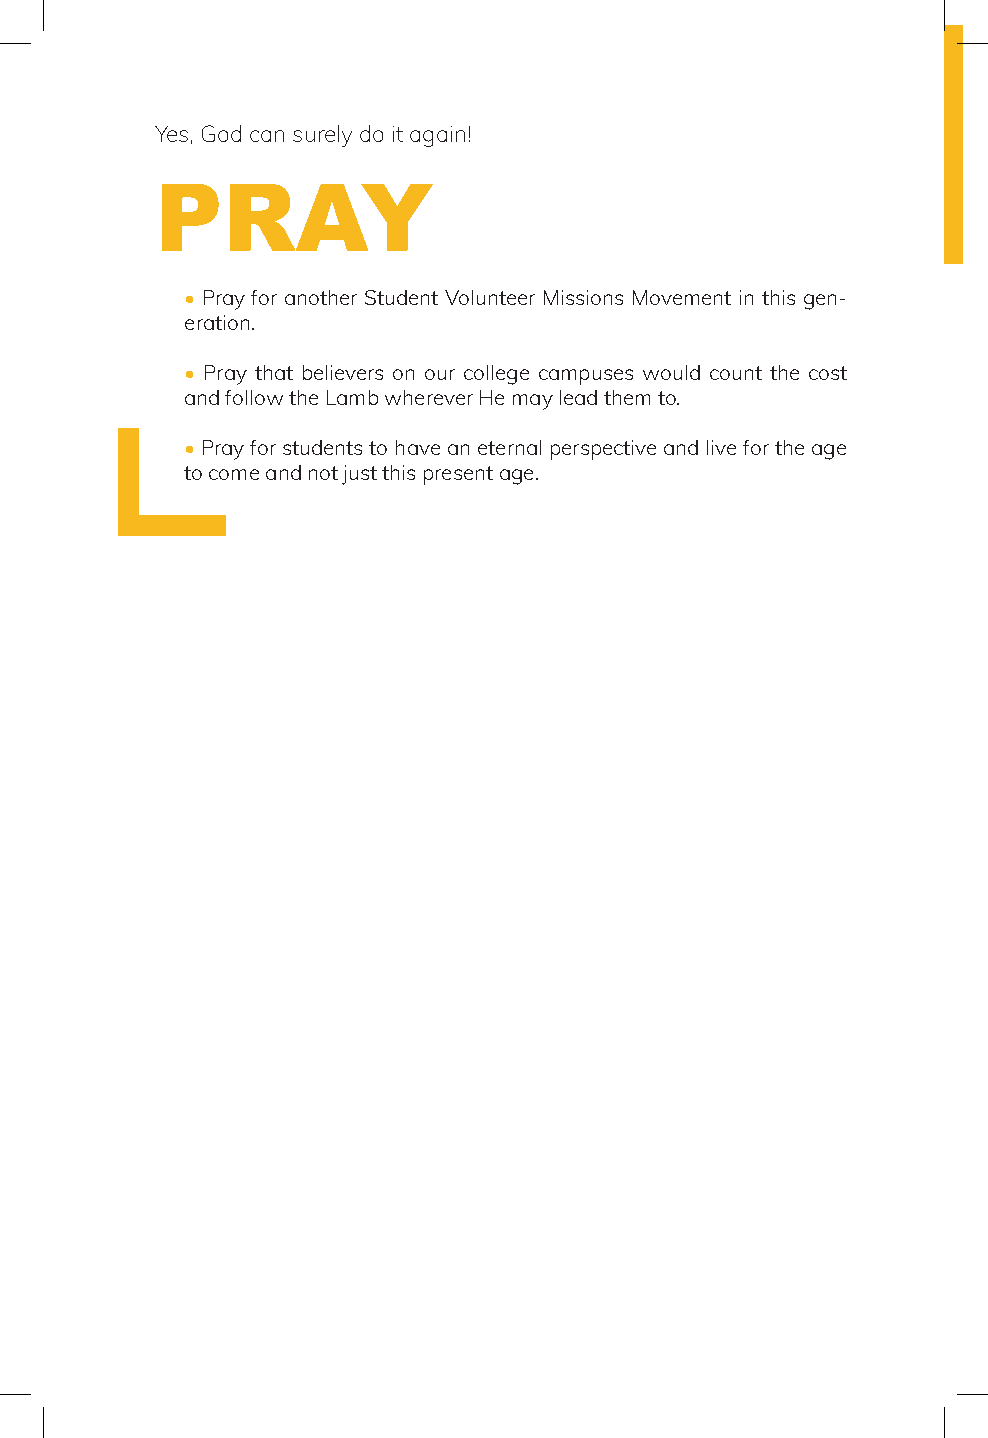
Yes, God can surely do it again!
 PRAY
 • Pray for another Student Volunteer Missions Movement in this gen-
 eration.
 • Pray that believers on our college campuses would count the cost
 and follow the Lamb wherever He may lead them to.
 • Pray for students to have an eternal perspective and live for the age
 to come and not just this present age.